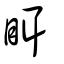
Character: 眲